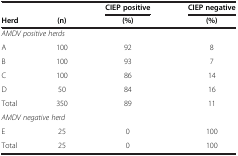
|  |  | CIEP positive | CIEP negative |
 | Herd | (n) | (%) | (%) |
 | --- | --- | --- | --- |
 | <COLSPAN=3> AMDV positive herds |  |
 | A | 100 | 92 | 8 |
 | B | 100 | 93 | 7 |
 | C | 100 | 86 | 14 |
 | D | 50 | 84 | 16 |
 | Total | 350 | 89 | 11 |
 | <COLSPAN=3> AMDV negative herd |  |
 | E | 25 | 0 | 100 |
 | Total | 25 | 0 | 100 |